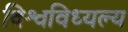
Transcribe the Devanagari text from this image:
विश्वविध्यल्य